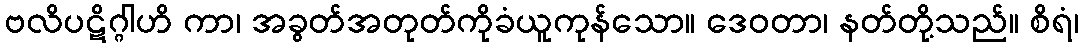
ဗလိပဋိဂ္ဂါဟိ ကာ၊ အခွတ်အတုတ်ကိုခံယူကုန်သော။ ဒေဝတာ၊ နတ်တို့သည်။ စိရံ၊